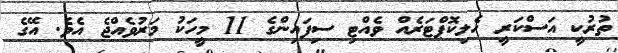
ތުރުކީ އަސްކަރީ ހެލިކޮޕްޓަރެއް ވެއްޓި ސިފައިންގެ 11 މީހަކު މަރުވެއްޖެ އެވެ. އޭގެ